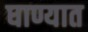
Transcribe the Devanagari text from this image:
घाण्यात